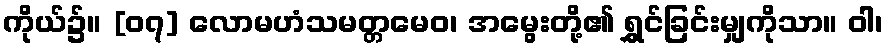
ကိုယ်၌။ [၀၇] လောမဟံသမတ္တမေဝ၊ အမွေးတို့၏ ရွှင်ခြင်းမျှကိုသာ။ ဝါ၊